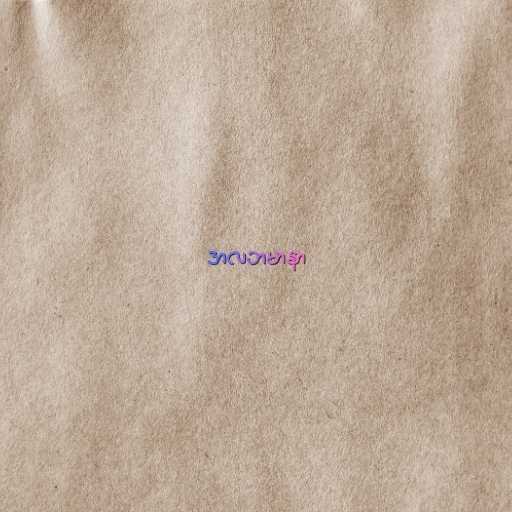
အလဘမာနာ